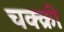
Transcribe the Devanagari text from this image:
चक्क्री